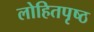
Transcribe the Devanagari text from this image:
लोहितपृष्ठ